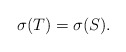
\begin{align*}\sigma(T)=\sigma(S).\end{align*}